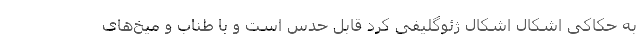
به حکاکی اشکال اشکال ژئوگلیفی کرد قابل حدس است و با طناب و میخ‌های